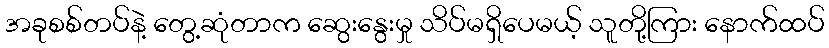
အခုစစ်တပ်နဲ့ တွေ့ဆုံတာက ဆွေးနွေးမှု သိပ်မရှိပေမယ့် သူတို့ကြား နောက်ထပ်